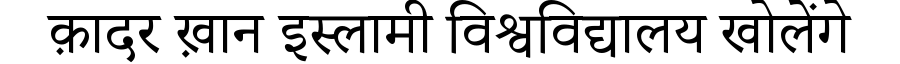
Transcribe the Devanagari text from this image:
क़ादर ख़ान इस्लामी विश्वविद्यालय खोलेंगे